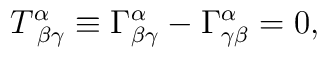
T^{\alpha}_{\,\,\beta\gamma} \equiv \Gamma^{\alpha}_{\beta\gamma} -                                      \Gamma^{\alpha}_{\gamma\beta} = 0,